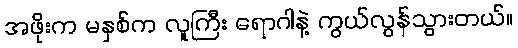
အဖိုးက မနှစ်က လူကြီး ရောဂါနဲ့ ကွယ်လွန်သွားတယ်။